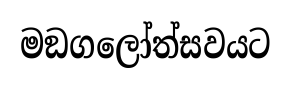
මඞගලෝත්සවයට